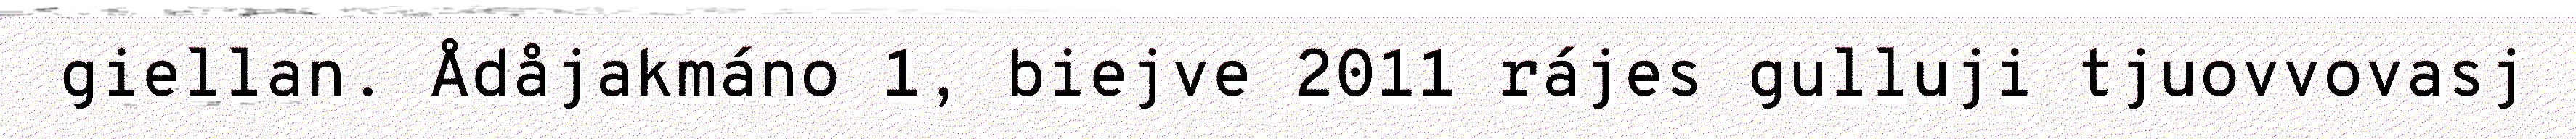
giellan. Ådåjakmáno 1, biejve 2011 rájes gulluji tjuovvovasj